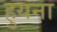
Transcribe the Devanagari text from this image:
हुयना